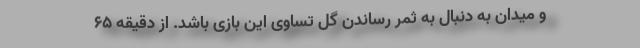
و میدان به دنبال به ثمر رساندن گل تساوی این بازی باشد. از دقیقه ۶۵